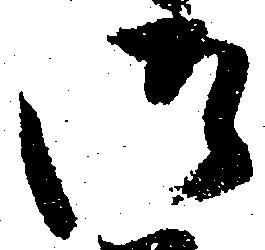
御